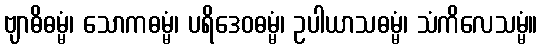
ဗျာဓိဓမ္မံ၊ သောကဓမ္မံ၊ ပရိဒေဝဓမ္မံ၊ ဥပါယာသဓမ္မံ၊ သံကိလေသမ္မံ။